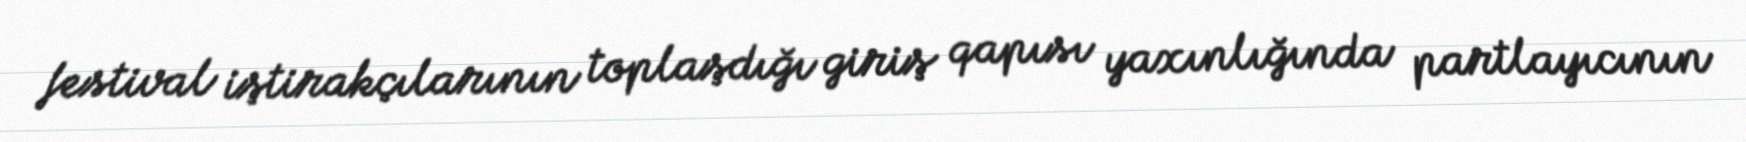
festival iştirakçılarının toplaşdığı giriş qapısı yaxınlığında partlayıcının